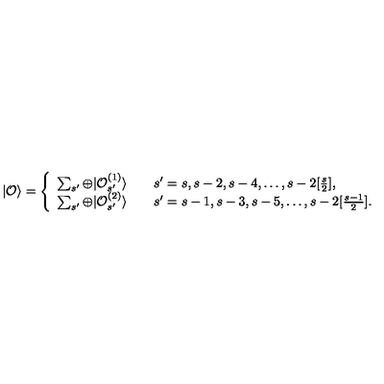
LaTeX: | { \cal O } \rangle = \left\{ \begin{array} { l } { \sum _ { s ^ { \prime } } \oplus | { \cal O } _ { s ^ { \prime } } ^ { ( 1 ) } \rangle \qquad s ^ { \prime } = s , s - 2 , s - 4 , \ldots , s - 2 [ \frac { s } { 2 } ] , } \\ { \sum _ { s ^ { \prime } } \oplus | { \cal O } _ { s ^ { \prime } } ^ { ( 2 ) } \rangle \qquad s ^ { \prime } = s - 1 , s - 3 , s - 5 , \ldots , s - 2 [ \frac { s - 1 } { 2 } ] . } \\ \end{array} \right.